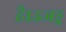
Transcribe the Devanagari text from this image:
है।उजड्ड